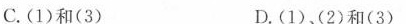
C.(1)和(3) D.(1)、(2)和(3)